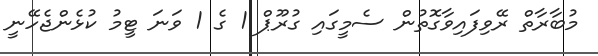
މުބާރާތް ރޭވިފައިވާގޮތުން ސެމީގައި ގުރޫޕް 1 ގެ 1 ވަނަ ޓީމު ކުޅެންޖެހޭނީ